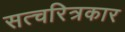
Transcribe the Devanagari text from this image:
सत्चरित्रकार